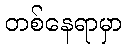
တစ်နေရာမှာ